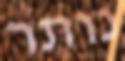
נותר